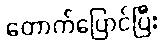
တောက်ပြောင်ပြီး